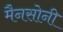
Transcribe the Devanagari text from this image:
मैनसोनी